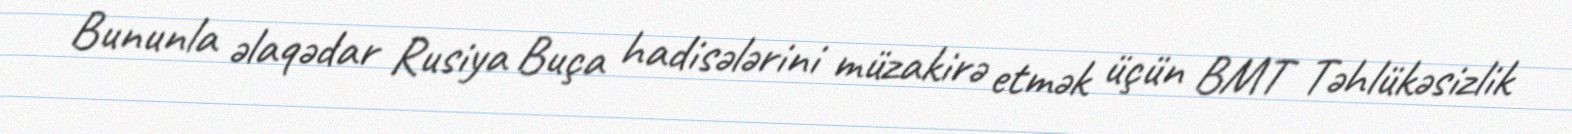
Bununla əlaqədar Rusiya Buça hadisələrini müzakirə etmək üçün BMT Təhlükəsizlik